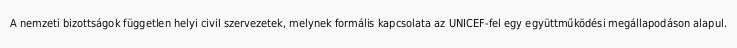
A nemzeti bizottságok független helyi civil szervezetek, melynek formális kapcsolata az UNICEF-fel egy együttműködési megállapodáson alapul.